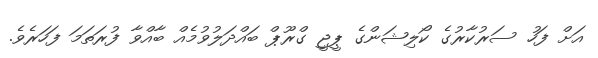
އަށް ފަހު ސަރުކާރުގެ ކޯލިޝަންގެ ޕީޖީ ގްރޫޕް ބައްދަލުވުމެއް ބާއްވާ ފުރަތަމަ ފަހަރެވެ.